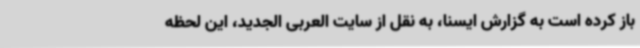
باز کرده است به گزارش ایسنا، به نقل از سایت العربی الجدید، این لحظه